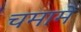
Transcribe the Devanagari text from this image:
चमामे